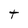
Character: t